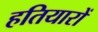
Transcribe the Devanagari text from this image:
हतियारों